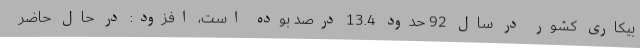
بیکاری کشور در سال 92 حدود 13.4 درصد بوده است، افزود: در حال حاضر